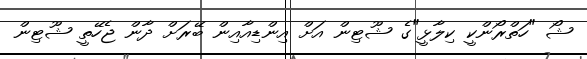
ޝޯ "ހަތްރޯންކީ ކިލާޅީ"ގެ ޝޫޓިން އަށް އިންޑިއާއިން ބޭރަށް ދާން ޖެހޭތީ ޝޫޓިން